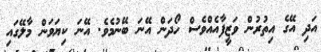
އަދި އޭގެ އިތުރުން ވަޒީފާއެއްވެސް ހޯދަން އޭނަ ބޭނުމެވެ. އޭނަ ކިޔަވަން މާލޭގައި